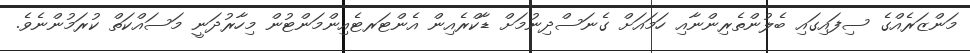
މަންޒަރެއްގެ ސިފައިގައި ބެލުންތެރިންނާއި ހަމައަށް ގެނަސްދިނުމަށް ޑާކްރެއިން އެންޓަރޓެއިންމަންޓުން މިހާރުދަނީ މަސައްކަތް ކުރަމުންނެވެ.